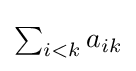
{\textstyle \sum _{i<k}a_{ik}}